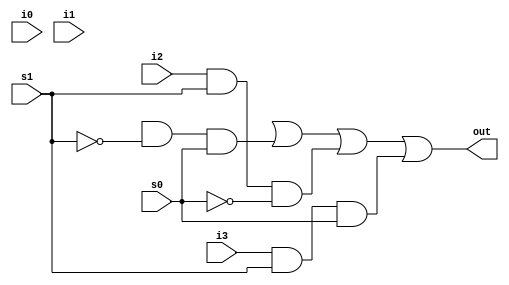
module mux4tol(out, i0, i1,i2,i3,s1,s0) ;
output out;
input i0,i1,i2,i3,s1,s0;
wire sln, s0n,y0, y1, y2, y3 ;

not n1(s1n,s1);
not n2(s0n,s0);
and a1(y0,i0,s1n,s0n);
and a2 (y1,il,s1n,s0) ;
and a3 (y2,i2,s1,s0n) ;
and a4(y3,i3,s1,s0) ;
or ol (out,yO,y1,y2,y3);
endmodule